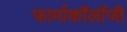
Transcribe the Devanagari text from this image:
फार्माकॉलॉजी